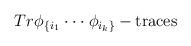
LaTeX: \begin{align*}Tr\phi_{\{ i_1}\cdot\cdot\cdot\phi_{i_k\}}-{\rm traces}\end{align*}